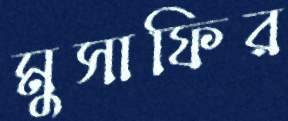
মুসাফির